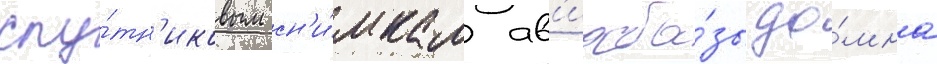
спу́тн'иковым сн'и́мкам ав'иаба́зы до́мна